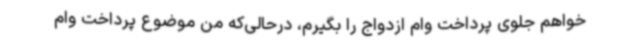
خواهم جلوی پرداخت وام ازدواج را بگیرم، درحالی‌که من موضوع پرداخت وام